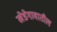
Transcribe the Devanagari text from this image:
खेडेगावातील